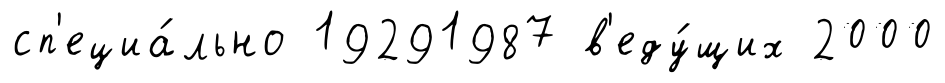
сп'ециа́льно 19291987 в'еду́щих 2000